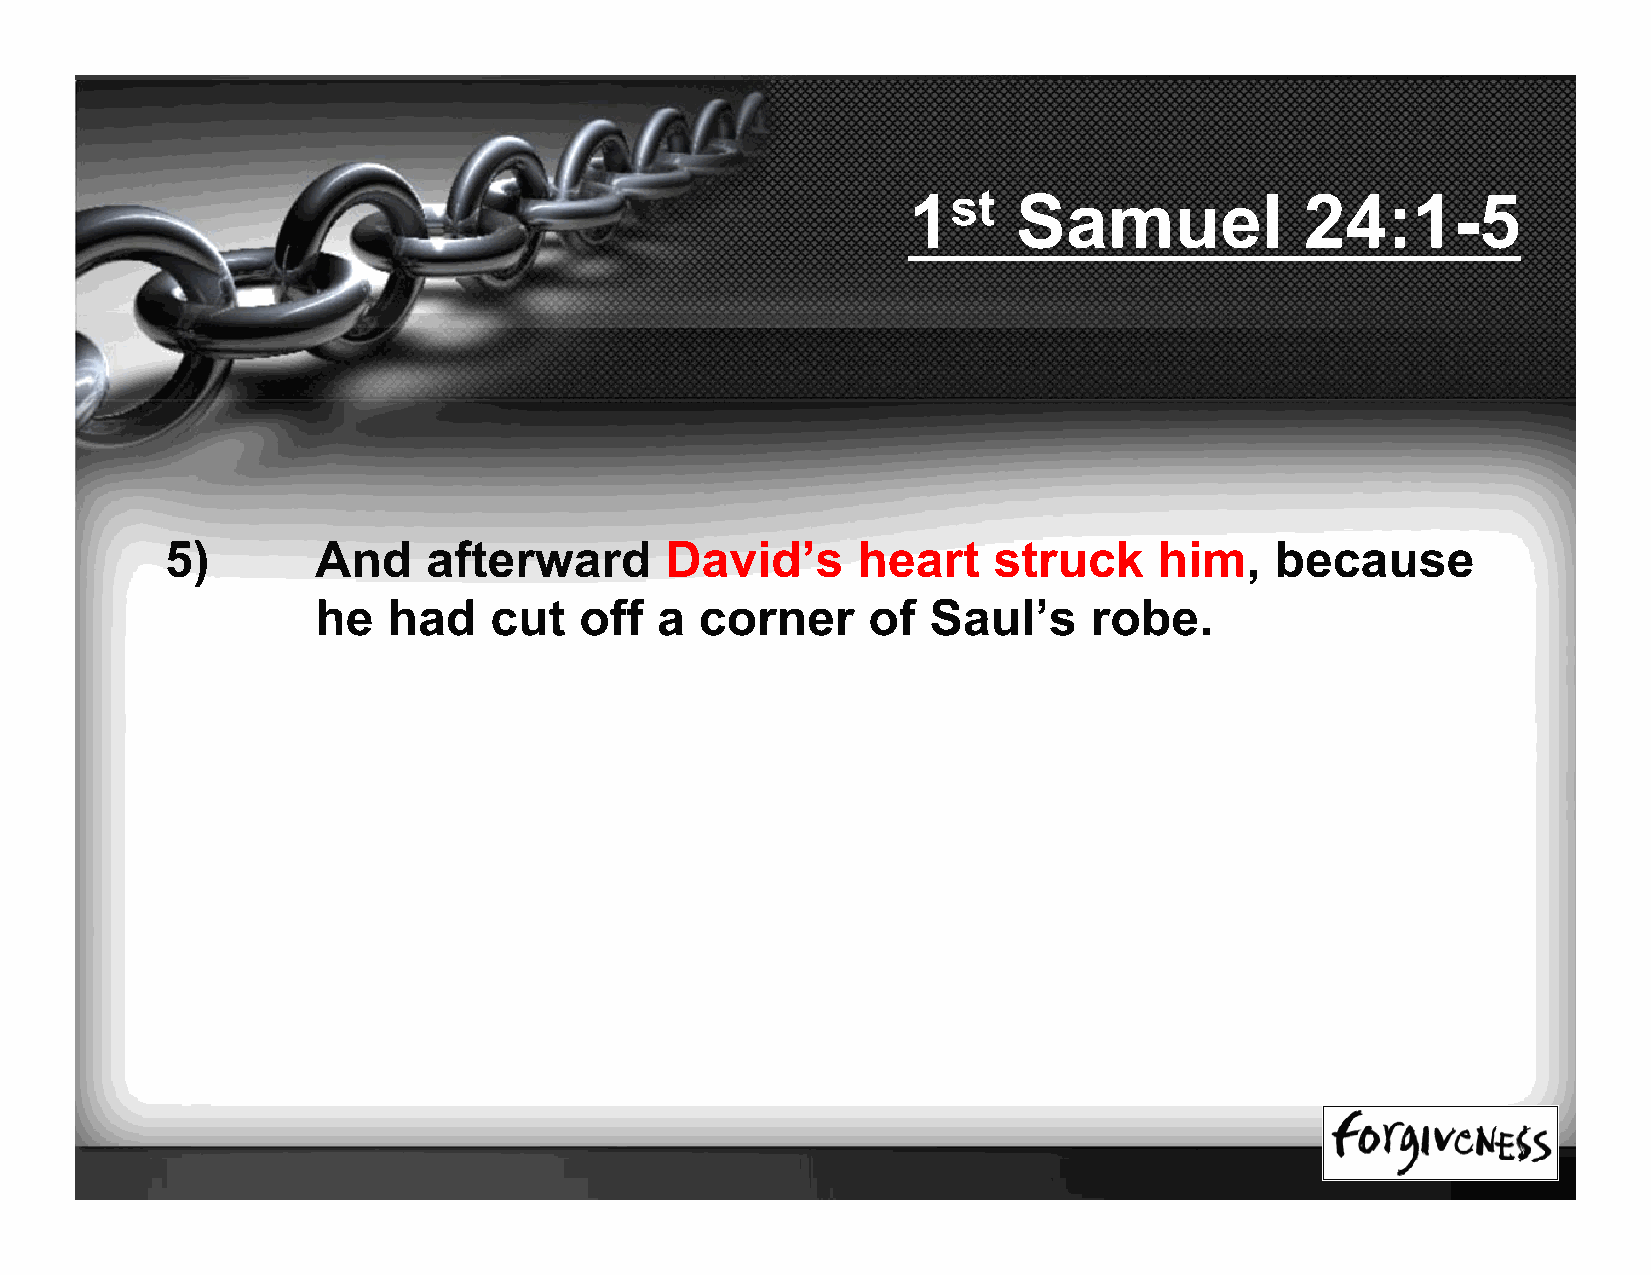
1st    Samuel             24:1-5
 5)        And    afterward       David’s      heart    struck     him,   because
 he   had   cut   off  a  corner     of   Saul’s    robe.